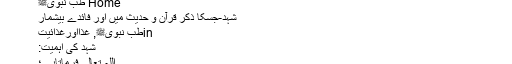
طب و حکمت | شہد-جسکا ذکر قرآن و حدیث میں اور فائدے بیشمار | طب نبوی ﷺ اور شہد
Home طب نبویﷺ
شہد-جسکا ذکر قرآن و حدیث میں اور فائدے بیشمار
inطب نبویﷺ, غذااورغذائیت
شہد کی اہمیت:
اللہ تعالیٰ فرماتاہے؛
"اسکے(شہد کی مکھی کے) اندر سےآتا ہے، ایک مشروب جو کئی رنگوں کا ہے،جسمیں تمہارے لئے شفاء ہے۔